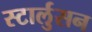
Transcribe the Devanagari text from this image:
स्टार्लुसन